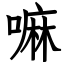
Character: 嘛